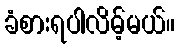
ခံစားရပါလိမ့်မယ်။